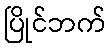
ပြိုင်ဘက်